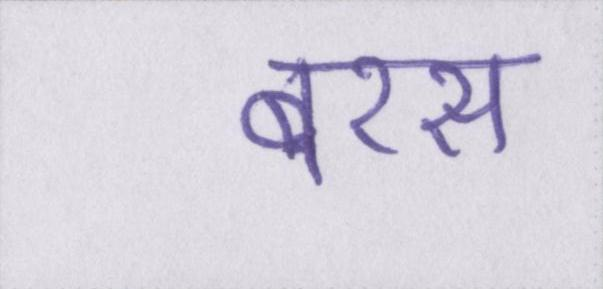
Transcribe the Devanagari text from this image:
बरस